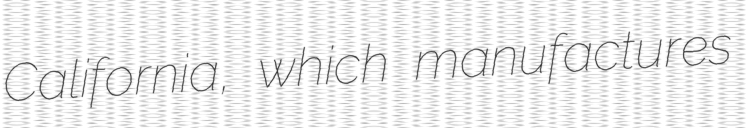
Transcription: California, which manufactures